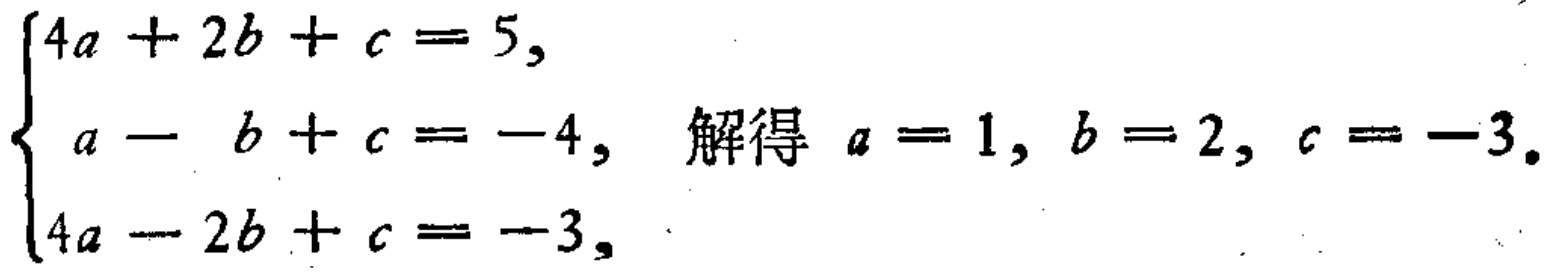
$\begin{cases}

4a + 2b + c = 5, \\

a - b + c = -4, \\

4a - 2b + c = -3,

\end{cases}$ 解得 $a = 1, b = 2, c = -3.$